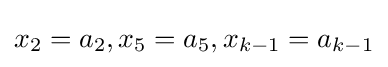
x_{2}=a_{2},x_{5}=a_{5},x_{k-1}=a_{k-1}